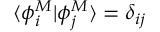
\langle \phi _ { i } ^ { M } | \phi _ { j } ^ { M } \rangle = \delta _ { i j }